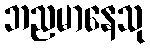
ဘညမာနေသု